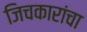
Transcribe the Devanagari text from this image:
जिचकारांचा